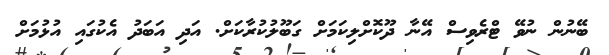
ބޭނުން ނުވޭ ޓްރެވިސް އޭނާ ދޫކޮށްލިކަމަށް ގަބޫލުކުރާކަށް. އަދި އަބަދު އެކުގައި އުޅުމަށް